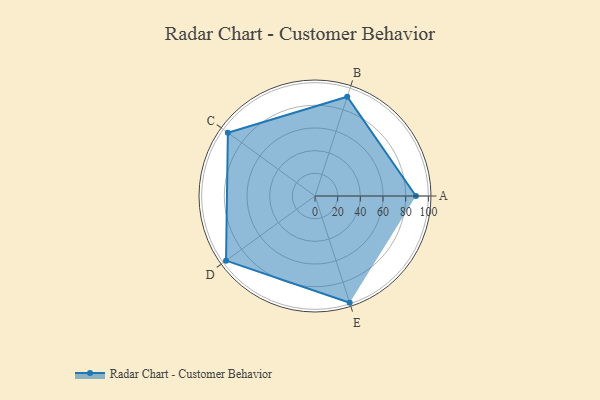
{"axis": {"x": "Skill", "y": "Score"}, "legend": ["Profile"], "data": [{"x": "A", "y": 89.0, "type": "Profile"}, {"x": "B", "y": 92.0, "type": "Profile"}, {"x": "C", "y": 95.0, "type": "Profile"}, {"x": "D", "y": 97.0, "type": "Profile"}, {"x": "E", "y": 99, "type": "Profile"}]}